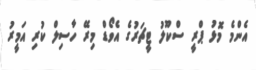
އެންމެ މޮޅު ޕްރީ ސްކޫލު ޓީޗަރުގެ އެވޯޑް މިރޭ ހާސިލް ކުރި އަމީރު